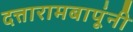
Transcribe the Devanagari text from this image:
दत्तारामबापूंनी